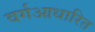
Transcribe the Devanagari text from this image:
वर्गआधारित